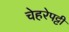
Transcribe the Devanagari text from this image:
चेहरेपट्टी